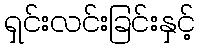
ရှင်းလင်းခြင်းနှင့်